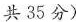
共35分)